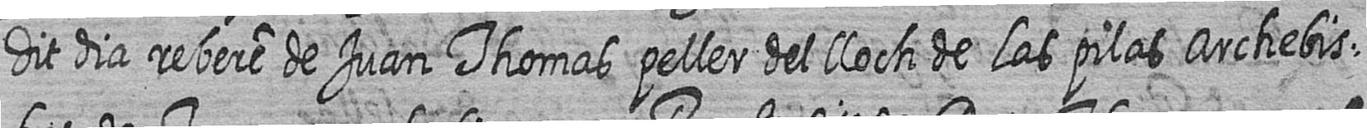
dit dia rebere de Juan Thomas peller del lloch de Las pilas archebis=